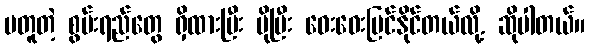
မတူတဲ့ စွမ်းရည်တွေ ရှိထားပြီး ပိုပြီး ဝေးဝေးမြင်နိုင်တယ်လို့. ဆိုပါတယ်။